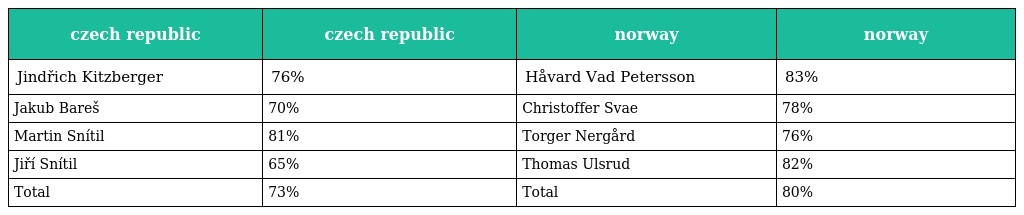
| czech republic | czech republic | norway | norway |
 | --- | --- | --- | --- |
 | Jindřich Kitzberger | 76% | Håvard Vad Petersson | 83% |
 | Jakub Bareš | 70% | Christoffer Svae | 78% |
 | Martin Snítil | 81% | Torger Nergård | 76% |
 | Jiří Snítil | 65% | Thomas Ulsrud | 82% |
 | Total | 73% | Total | 80% |